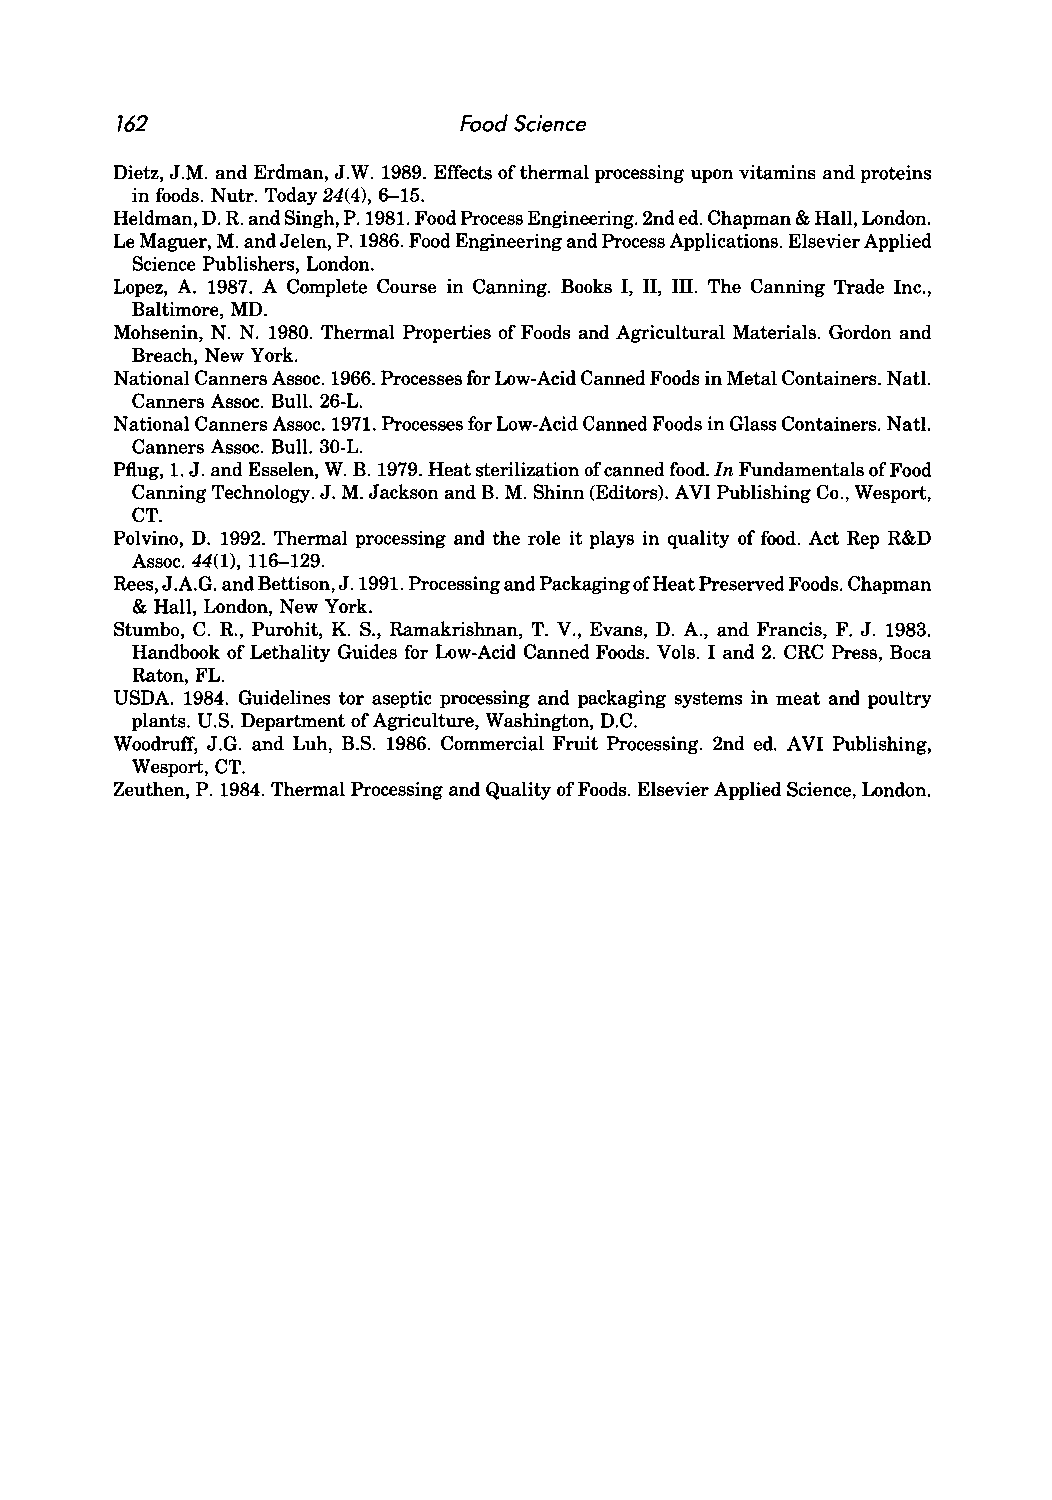
162                   Food Science
 Dietz, J.M. and Erdman, J.W. 1989. Effects of thermal processing upon vitamins and proteins
 in foods. Nutr. Today 24(4), 6-15.
 Heldman, D. R. and Singh, P. 1981. Food Process Engineering. 2nd ed. Chapman & Hall, London.
 Le Maguer, M. and Jelen, P. 1986. Food Engineering and Process Applications. Elsevier Applied
 Science Publishers, London.
 Lopez, A. 1987. A Complete Course in Canning. Books I, II, III. The Canning Trade Inc.,
 Baltimore, MD.
 Mohsenin, N. N. 1980. Thermal Properties of Foods and Agricultural Materials. Gordon and
 Breach, New York.
 National Canners Assoc. 1966. Processes for Low-Acid Canned Foods in Metal Containers. Natl.
 Canners Assoc. Bull. 26-L.
 National Canners Assoc. 1971. Processes for Low-Acid Canned Foods in Glass Containers. Natl.
 Canners Assoc. Bull. 30-L.
 Pflug, 1. J. and Esselen, W. B. 1979. Heat sterilization of canned food. In Fundamentals of Food
 Canning Technology. J. M. Jackson and B. M. Shinn (Editors). AVI Publishing Co., Wesport,
 CT.
 Polvino, D. 1992. Thermal processing and the role it plays in quality of food. Act Rep R&D
 Assoc. 44(1), 116-129.
 Rees, J.A.G. and Bettison, J. 1991. Processing and Packaging of Heat Preserved Foods. Chapman
 & Hall, London, New York.
 Stumbo, C. R., Purohit, K. S., Ramakrishnan, T. V., Evans, D. A., and Francis, F. J. 1983.
 Handbook of Lethality Guides for Low-Acid Canned Foods. Vols. I and 2. CRC Press, Boca
 Raton, FL.
 USDA. 1984. Guidelines tor aseptic processing and packaging systems in meat and poultry
 plants. U.S. Department of Agriculture, Washington, D.C.
 Woodruff, J.G. and Luh, B.S. 1986. Commercial Fruit Processing. 2nd ed. AVI Publishing,
 We sport, CT.
 Zeuthen, P. 1984. Thermal Processing and Quality of Foods. Elsevier Applied Science, London.